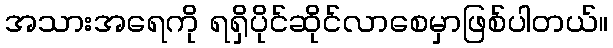
အသားအရေကို ရရှိပိုင်ဆိုင်လာစေမှာဖြစ်ပါတယ်။